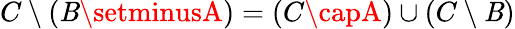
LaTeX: C\setminus(\mathit{B}\setminusA)=(C\capA)\cup(C\setminus\mathit{B})